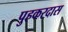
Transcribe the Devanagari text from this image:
पुहकरदास